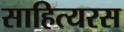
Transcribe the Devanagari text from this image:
साहित्यरस